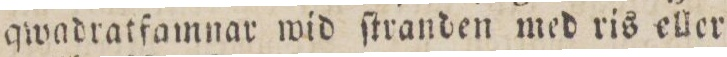
qwadratfamnar wid ſtranden med ris eller